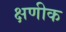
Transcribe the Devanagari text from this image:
क्षणीक